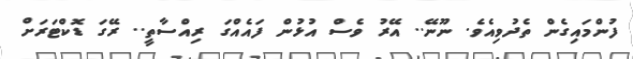
ފުންމައިގެން ތެދުވިއެވެ. ނޫނޭ.. އޭރު ވެސް އުޅުން ފައެއްގަ ރިއްސާތީ.. ރޭގަ ޑޮކްޓަރަށް